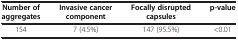
<table><thead><tr><td><b>Number of aggregates</b></td><td><b>Invasive cancer component</b></td><td><b>Focally disrupted capsules</b></td><td><b>p-value</b></td></tr></thead><tbody><tr><td>154</td><td>7 (4.5%)</td><td>147 (95.5%)</td><td>&lt;0.01</td></tr></tbody></table>